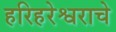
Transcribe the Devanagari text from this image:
हरिहरेश्वराचे